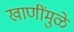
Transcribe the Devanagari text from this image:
खाणींमुळे